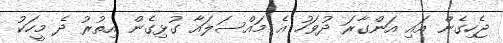
ޖެހިގެން އައި އަންގާރަ ދުވަހު އެ މައްސަލައާ ގުޅިގެން އިތުރު ދެ މީހަކު